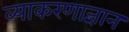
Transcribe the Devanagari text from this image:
व्याकरणाज्ञान